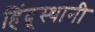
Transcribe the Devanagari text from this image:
हिंदूुस्थानी